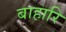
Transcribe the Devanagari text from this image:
बाहारि